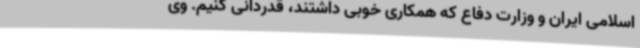
اسلامی ایران و وزارت دفاع که همکاری خوبی داشتند، قدردانی کنیم. وی